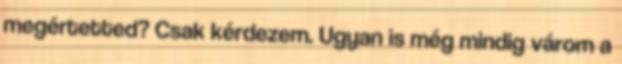
megértetted? Csak kérdezem. Ugyan is még mindig várom a